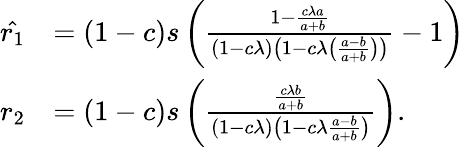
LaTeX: \begin{array}{rl}{\hat{r_{1}}}&{=(1-c)s\left(\frac{1-\frac{c\lambda a}{a+b}}{(1-c\lambda)\left(1-c\lambda\left(\frac{a-b}{a+b}\right)\right)}-1\right)}\\ {r_{2}}&{=(1-c)s\left(\frac{\frac{c\lambda b}{a+b}}{(1-c\lambda)\left(1-c\lambda\frac{a-b}{a+b}\right)}\right).}\end{array}